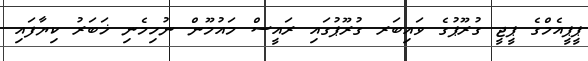
ޕީޕީއެމްގެ ޕީޖީ ގުރޫޕުގެ ވައިބަރ ގުރޫޕުގައި ރައީސް މައުމޫން ނުހިމެނި ޚަބަރު ކިޔާފައި